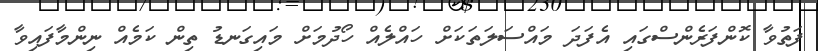
ފަތުވާ ކޮންފަރެންސްގައި އެފަދަ މައްސަލަތަކަށް ހައްލެއް ހޯދުމަށް މައިގަނޑު ތިން ކަމެއް ނިންމާފައިވާ